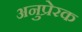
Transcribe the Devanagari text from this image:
अनुप्रेरक